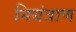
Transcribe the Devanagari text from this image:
नियंत्राण